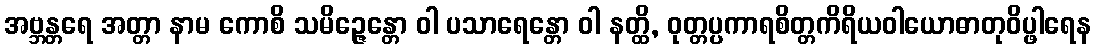
အဗ္ဘန္တရေ အတ္တာ နာမ ကောစိ သမိဉ္ဇေန္တော ဝါ ပသာရေန္တော ဝါ နတ္ထိ, ဝုတ္တပ္ပကာရစိတ္တကိရိယဝါယောဓာတုဝိပ္ဖါရေန